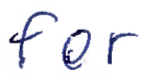
Text: for
Cross-out: clean
Writing tool: ballpoint